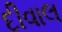
દીવાલ